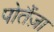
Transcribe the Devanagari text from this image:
पोतैंज़ा